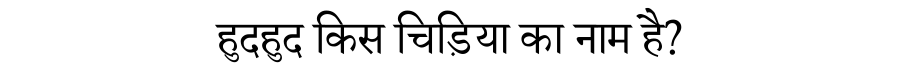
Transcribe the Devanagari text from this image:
हुदहुद किस चिड़िया का नाम है?